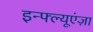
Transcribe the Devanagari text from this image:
इन्फ्ल्यूएंज़ा